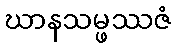
ဃာနသမ္ဖဿဇံ